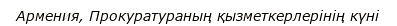
Армения, Прокуратураның қызметкерлерiнiң күнi